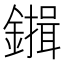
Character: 𮣇